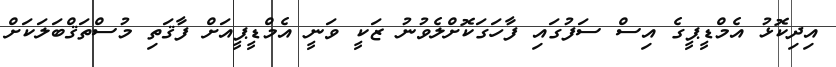
އިދިކޮޅު އެމްޑީޕީގެ އިސް ސަފުގައި ފާހަގަކޮށްލެވުނު ޒަކީ ވަނީ އެމްޑީޕީއަށް ފާޤަތި މުސްތަޤްބަލަކަށް